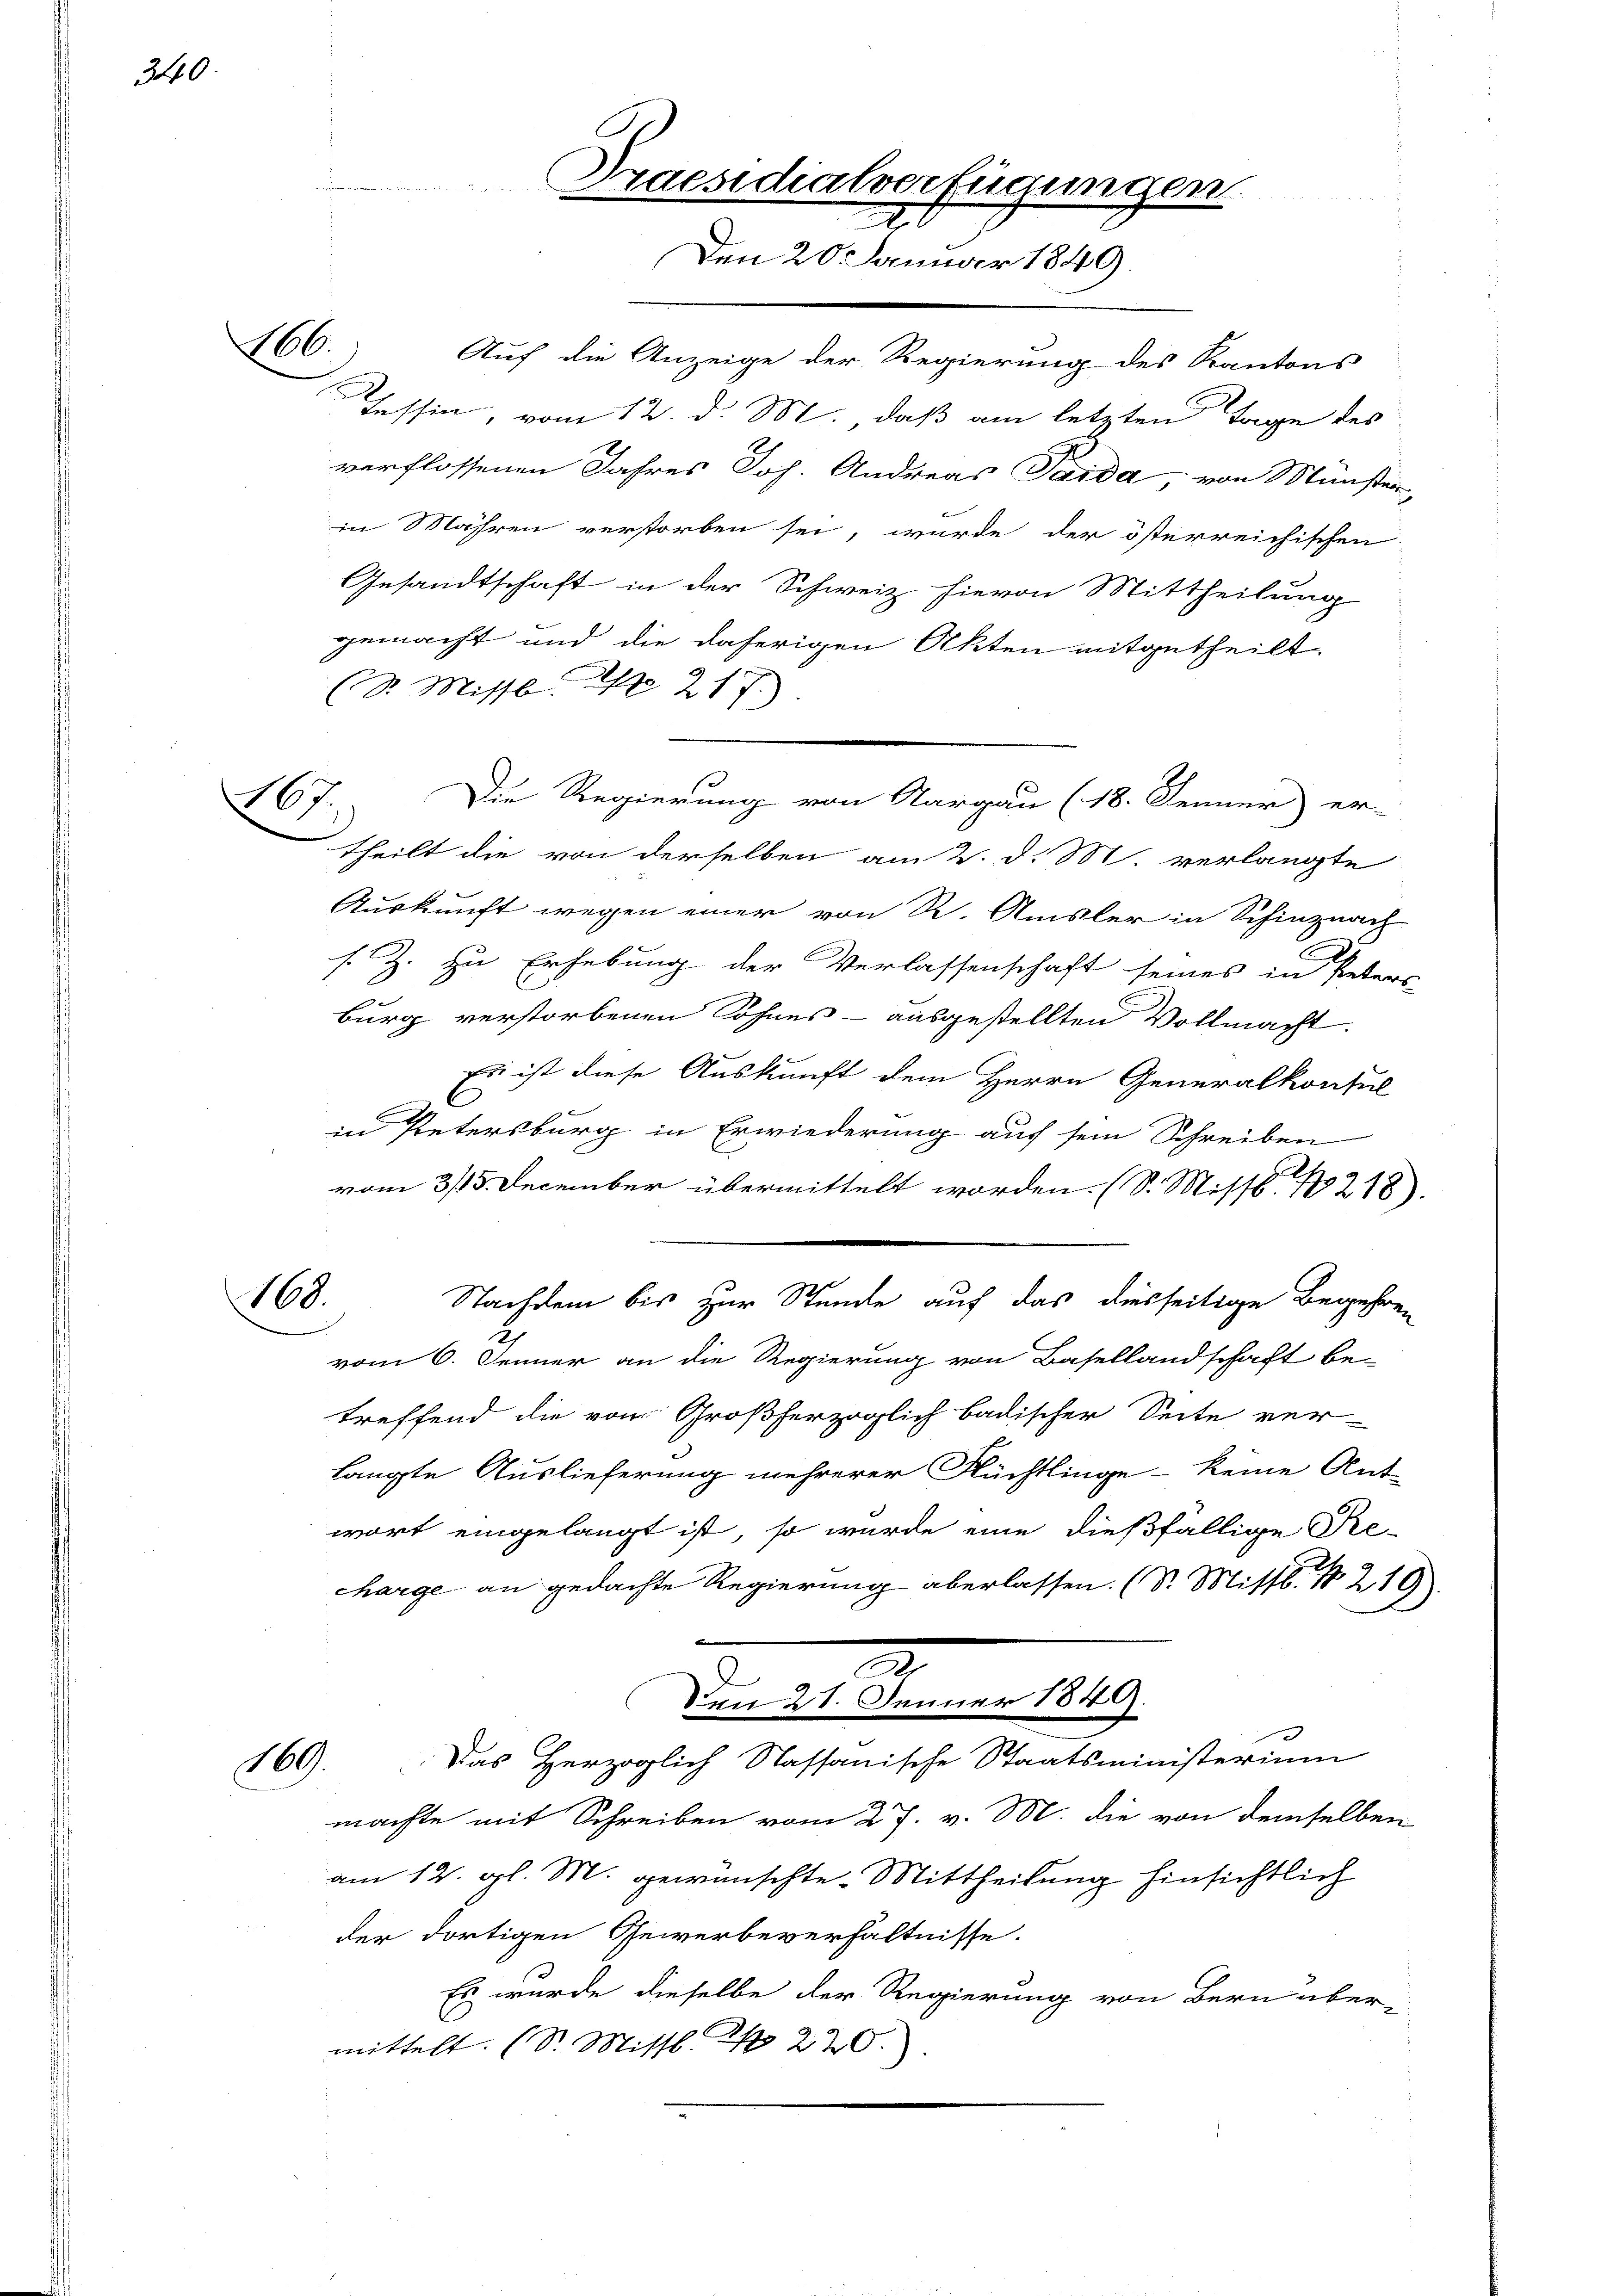
340.

166.

267

Auf die Anzeige der Regierung des Kantons
Tessin, vom 12. d. M. daß am letzten Tage des
verflossenen Jahres Joh. Andreas Taida, von Münster,
in Mähren verstorben sei, wurde der österreichischen
Gesandtschaft in der Schweiz hievon Mittheilung
gemacht und die daherigen Akten mitgetheilt
(S. Missb. No 217.)
Die Regierung von Aargau (18. Jenner) er-
theilt die von derselben am 2. d. M. verlangte
Auskunft wegen einer von R. Amsler in Schinznach
s. Z. zu Erhebung der Verlassenschaft seines in Peters
burg verstorbenen Sohnes - ausgestellten Vollmacht.
Es ist diese Auskunft dem Herrn Generalkonsul
in Petersburg in Erwiederung auf sein Schreiben
vom 3/15. December übermittelt worden. (S. Missb. 1218).
100.
Nachdem bis zur Stunde auf das diesseitige Begehren
vom 6. Jenner an die Regierung von Basellandschaft be-
treffend die von Großherzoglich badischer Seite ver-
langte Auslieferung mehrerer Flüchtlinge keine Ant-
wort eingelangt ist, so wurde eine dießfällige Pre-
charge an gedachte Regierung aberlassen. (S. Mittl. N. 219.
2
den 21. Jenner 1849.
169. Das Herzoglich Nassanische Staatsministerium
n
machte mit Schreiben vom 27. v. M. die von demselben
am 12. gl. M. gewünschte. Mittheilung hinsichtlich
der dortigen Gewerbeverhältnisse.
Es wurde dieselbe der Regierung von Bern übermittelt. (S. Missb. S. 220.

Praesidialverfügung

.
Den 20. Januar 1849.

9